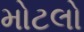
મોટલો